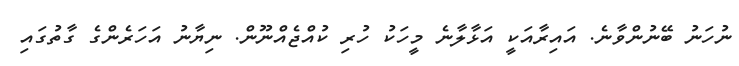
ނުހަނު ބޭނުންވާނެ. އައިރާއަކީ އަޅާލާނެ މީހަކު ހުރި ކުއްޖެއްނޫން. ނިޔާނު އަހަރެންގެ ގާތުގައި